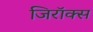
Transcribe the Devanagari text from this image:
जिरॉक्स